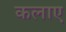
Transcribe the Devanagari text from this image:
कलाए